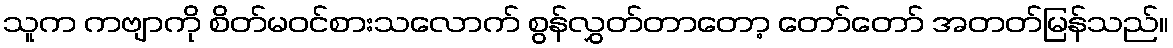
သူက ကဗျာကို စိတ်မဝင်စားသလောက် စွန်လွှတ်တာတော့ တော်တော် အတတ်မြန်သည်။